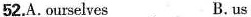
52.A.ourselves B.us